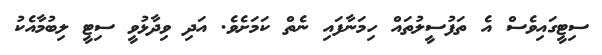
ސިޓީގައިވެސް އެ ތަފުސީލުތައް ހިމަނާފައި ނެތް ކަމަށެވެ. އަދި ވިދާޅުވީ ސިޓީ ލިބުމާއެކު